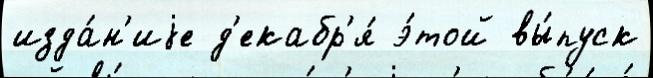
изда́н'иjе д'екабр'я́ э́той вы́пуск